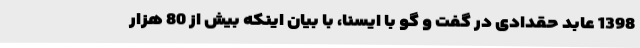
1398 عابد حقدادی در گفت و گو با ایسنا، با بیان اینکه بیش از 80 هزار